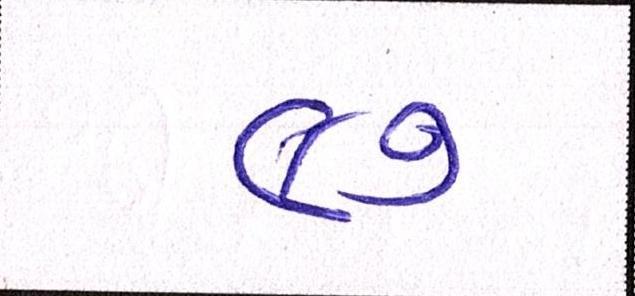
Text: ૯૭